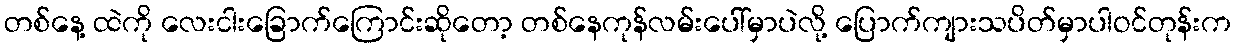
တစ်နေ့ ထဲကို လေးငါးခြောက်ကြောင်းဆိုတော့ တစ်နေကုန်လမ်းပေါ်မှာပဲလို့ ပြောက်ကျားသပိတ်မှာပါဝင်တုန်းက